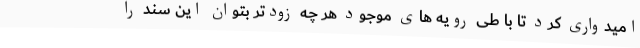
امیدواری کرد تا با طی رویه های موجود هر چه زودتر بتوان این سند را